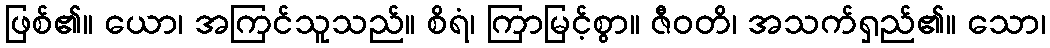
ဖြစ်၏။ ယော၊ အကြင်သူသည်။ စိရံ၊ ကြာမြင့်စွာ။ ဇီဝတိ၊ အသက်ရှည်၏။ သော၊